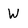
Character: W